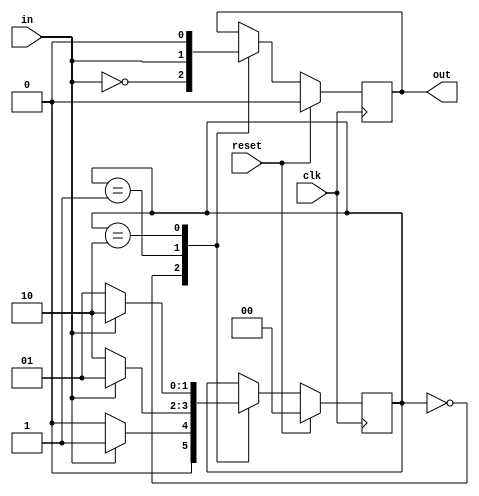
module mo3detector(in, clk, reset, out);
    // detect multiple of 3 using FSM
    input in, clk, reset;
    output reg out;

    parameter S0 = 2'b00; 
    parameter S1 = 2'b01;
    parameter S2 = 2'b10;

    reg [1:0] cs, ns;

    always @(posedge clk) begin
        cs = ns;

        if (reset) begin
            ns <= S0;
            out <= 1'b0;
        end
        else begin
        // $display("cs=%b, ns=%b", cs, ns);
        case (cs)
            S0: begin
                out <= ~in; 
                // $display("S0: in=%b, out=%b", in, out);
                ns <= in == 1'b1 ? S1 : S0;
            end
            S1: begin
                out <= in;
                // $display("S1: in=%b, out=%b", in, out);
                ns <= in == 1'b1 ? S1 : S2;
            end
            S2: begin
                out <= 1'b0; 
                // $display("S2: in=%b, out=%b", in, out);
                ns <= in == 1'b1 ? S2 : S1;
            end
        endcase
        end
    end
endmodule